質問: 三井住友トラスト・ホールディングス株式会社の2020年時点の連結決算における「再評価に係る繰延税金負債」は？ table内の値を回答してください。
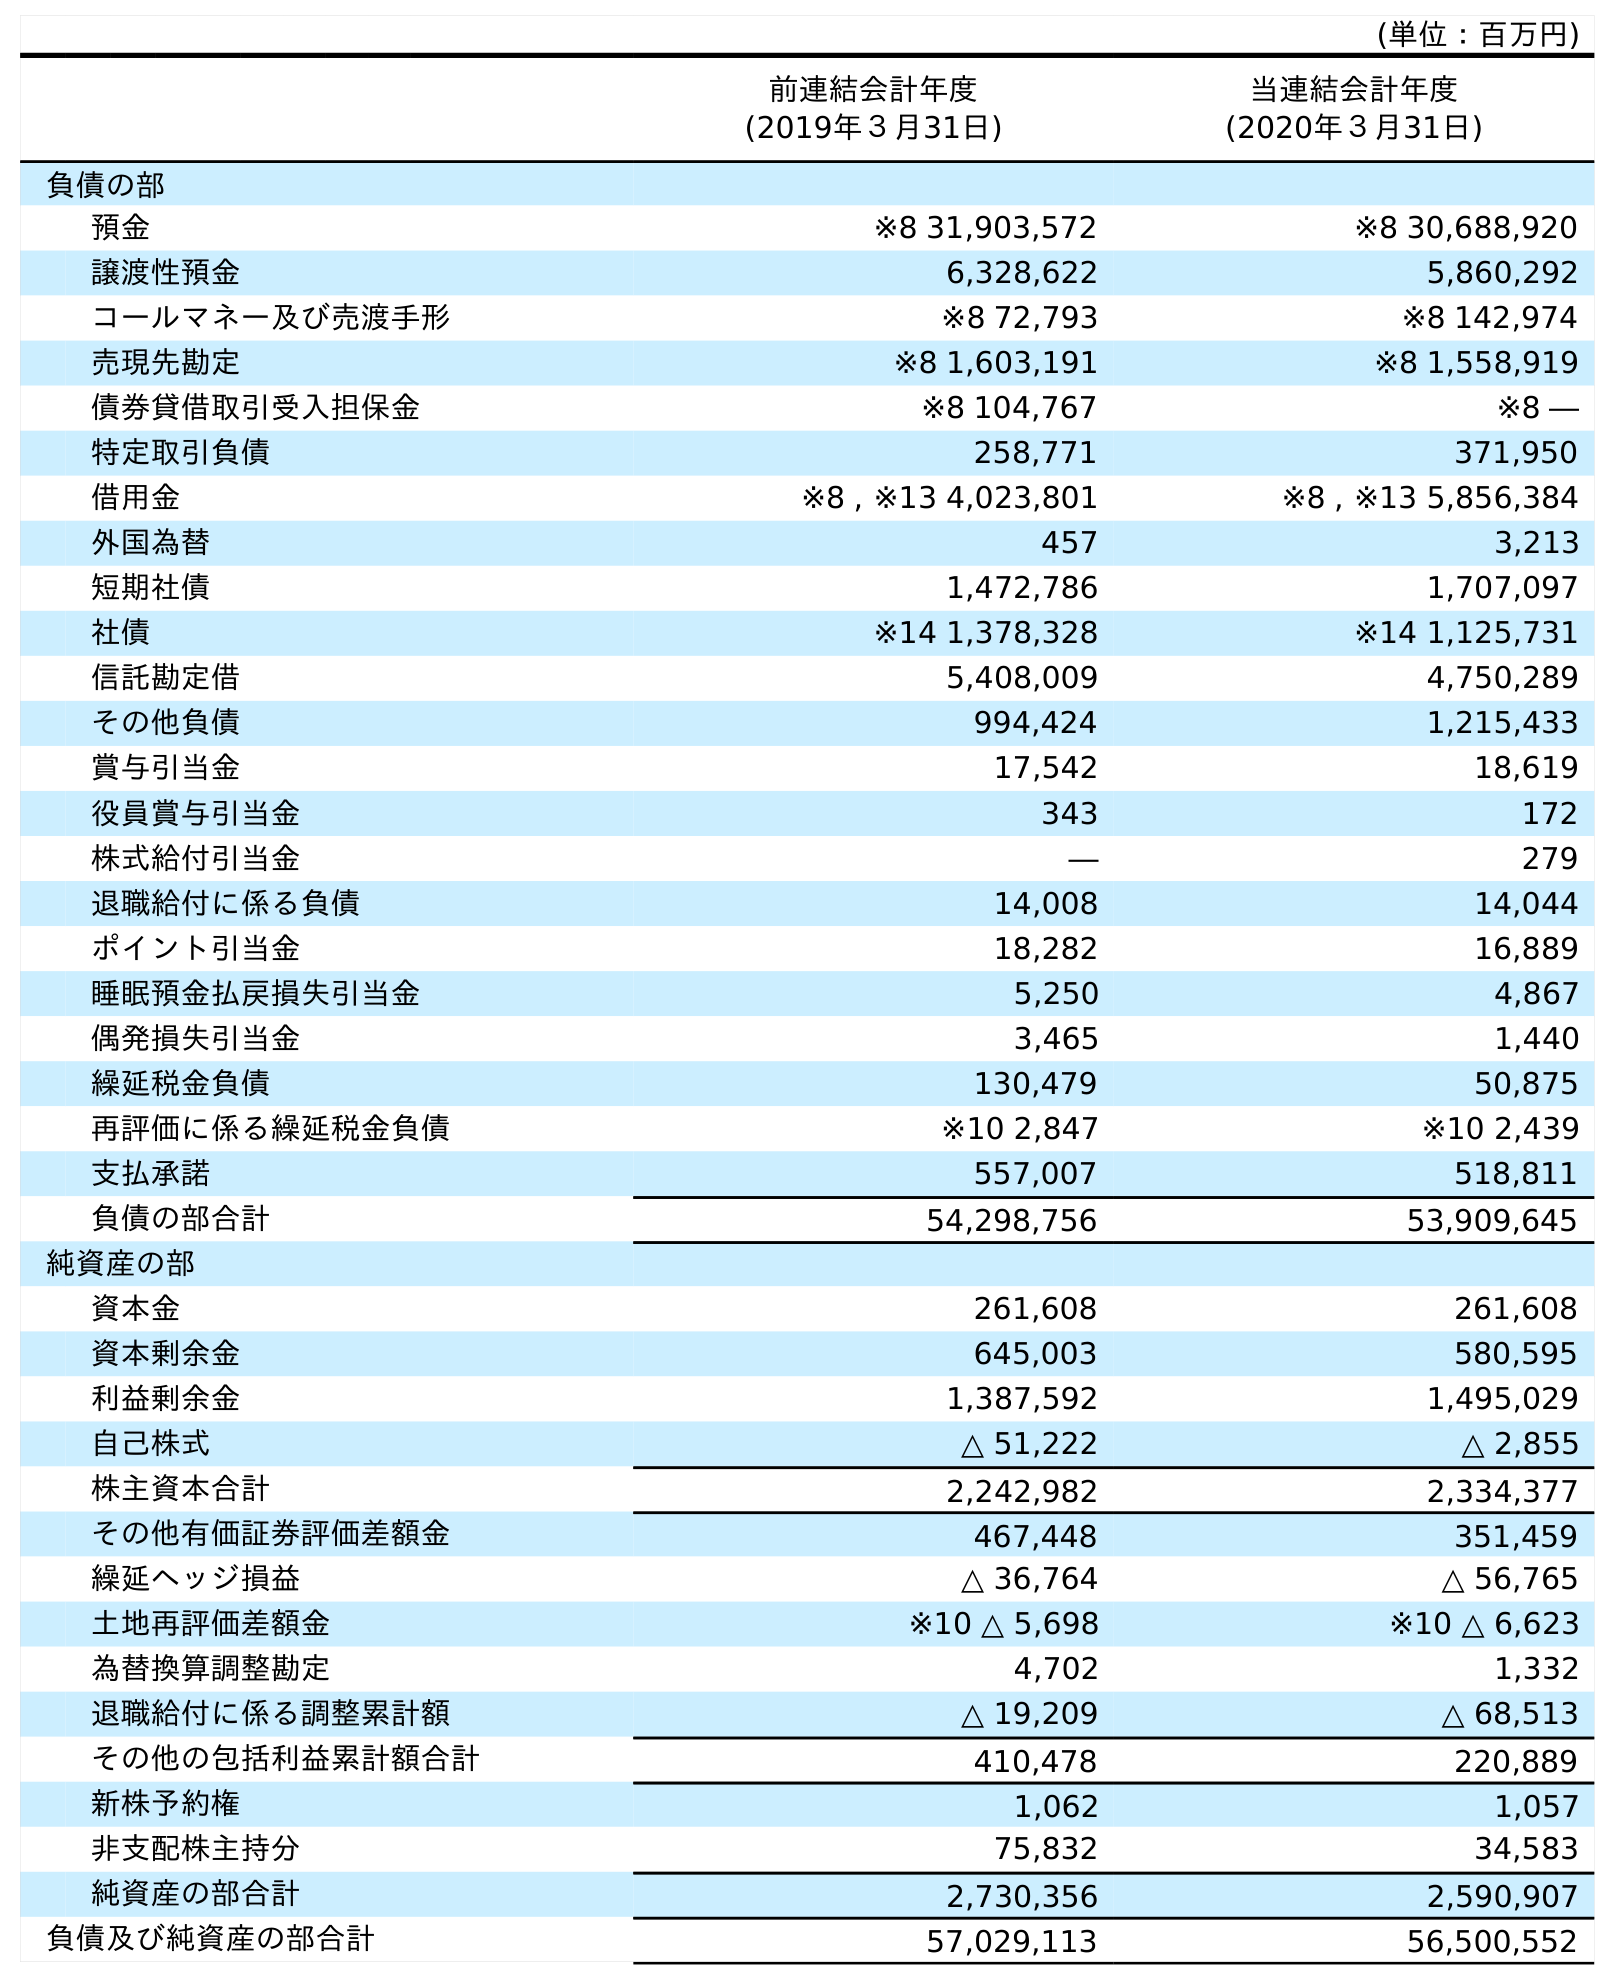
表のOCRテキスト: (単位：百万円) 前連結会計年度 (2019年３月31日) 当連結会計年度 (2020年３月31日) 負債の部 預金 ※8 31,903,572 ※8 30,688,920 譲渡性預金 6,328,622 5,860,292 コールマネー及び売渡手形 ※8 72,793 ※8 142,974 売現先勘定 ※8 1,603,191 ※8 1,558,919 債券貸借取引受入担保金 ※8 104,767 ※8 ― 特定取引負債 258,771 371,950 借用金 ※8 , ※13 4,023,801 ※8 , ※13 5,856,384 外国為替 457 3,213 短期社債 1,472,786 1,707,097 社債 ※14 1,378,328 ※14 1,125,731 信託勘定借 5,408,009 4,750,289 その他負債 994,424 1,215,433 賞与引当金 17,542 18,619 役員賞与引当金 343 172 株式給付引当金 ― 279 退職給付に係る負債 14,008 14,044 ポイント引当金 18,282 16,889 睡眠預金払戻損失引当金 5,250 4,867 偶発損失引当金 3,465 1,440 繰延税金負債 130,479 50,875 再評価に係る繰延税金負債 ※10 2,847 ※10 2,439 支払承諾 557,007 518,811 負債の部合計 54,298,756 53,909,645 純資産の部 資本金 261,608 261,608 資本剰余金 645,003 580,595 利益剰余金 1,387,592 1,495,029 自己株式 △ 51,222 △ 2,855 株主資本合計 2,242,982 2,334,377 その他有価証券評価差額金 467,448 351,459 繰延ヘッジ損益 △ 36,764 △ 56,765 土地再評価差額金 ※10 △ 5,698 ※10 △ 6,623 為替換算調整勘定 4,702 1,332 退職給付に係る調整累計額 △ 19,209 △ 68,513 その他の包括利益累計額合計 410,478 220,889 新株予約権 1,062 1,057 非支配株主持分 75,832 34,583 純資産の部合計 2,730,356 2,590,907 負債及び純資産の部合計 57,029,113 56,500,552
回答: ※102,439